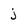
Character: j